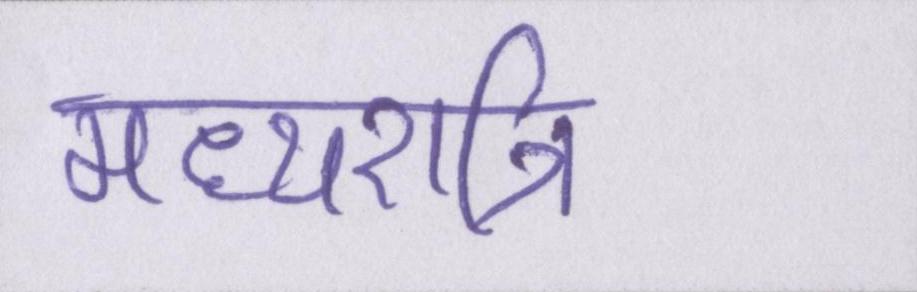
मध्यरात्रि